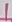
Text: 1